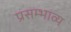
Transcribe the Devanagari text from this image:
प्रसम्भाव्य